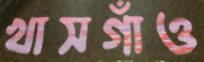
খাসগাঁও